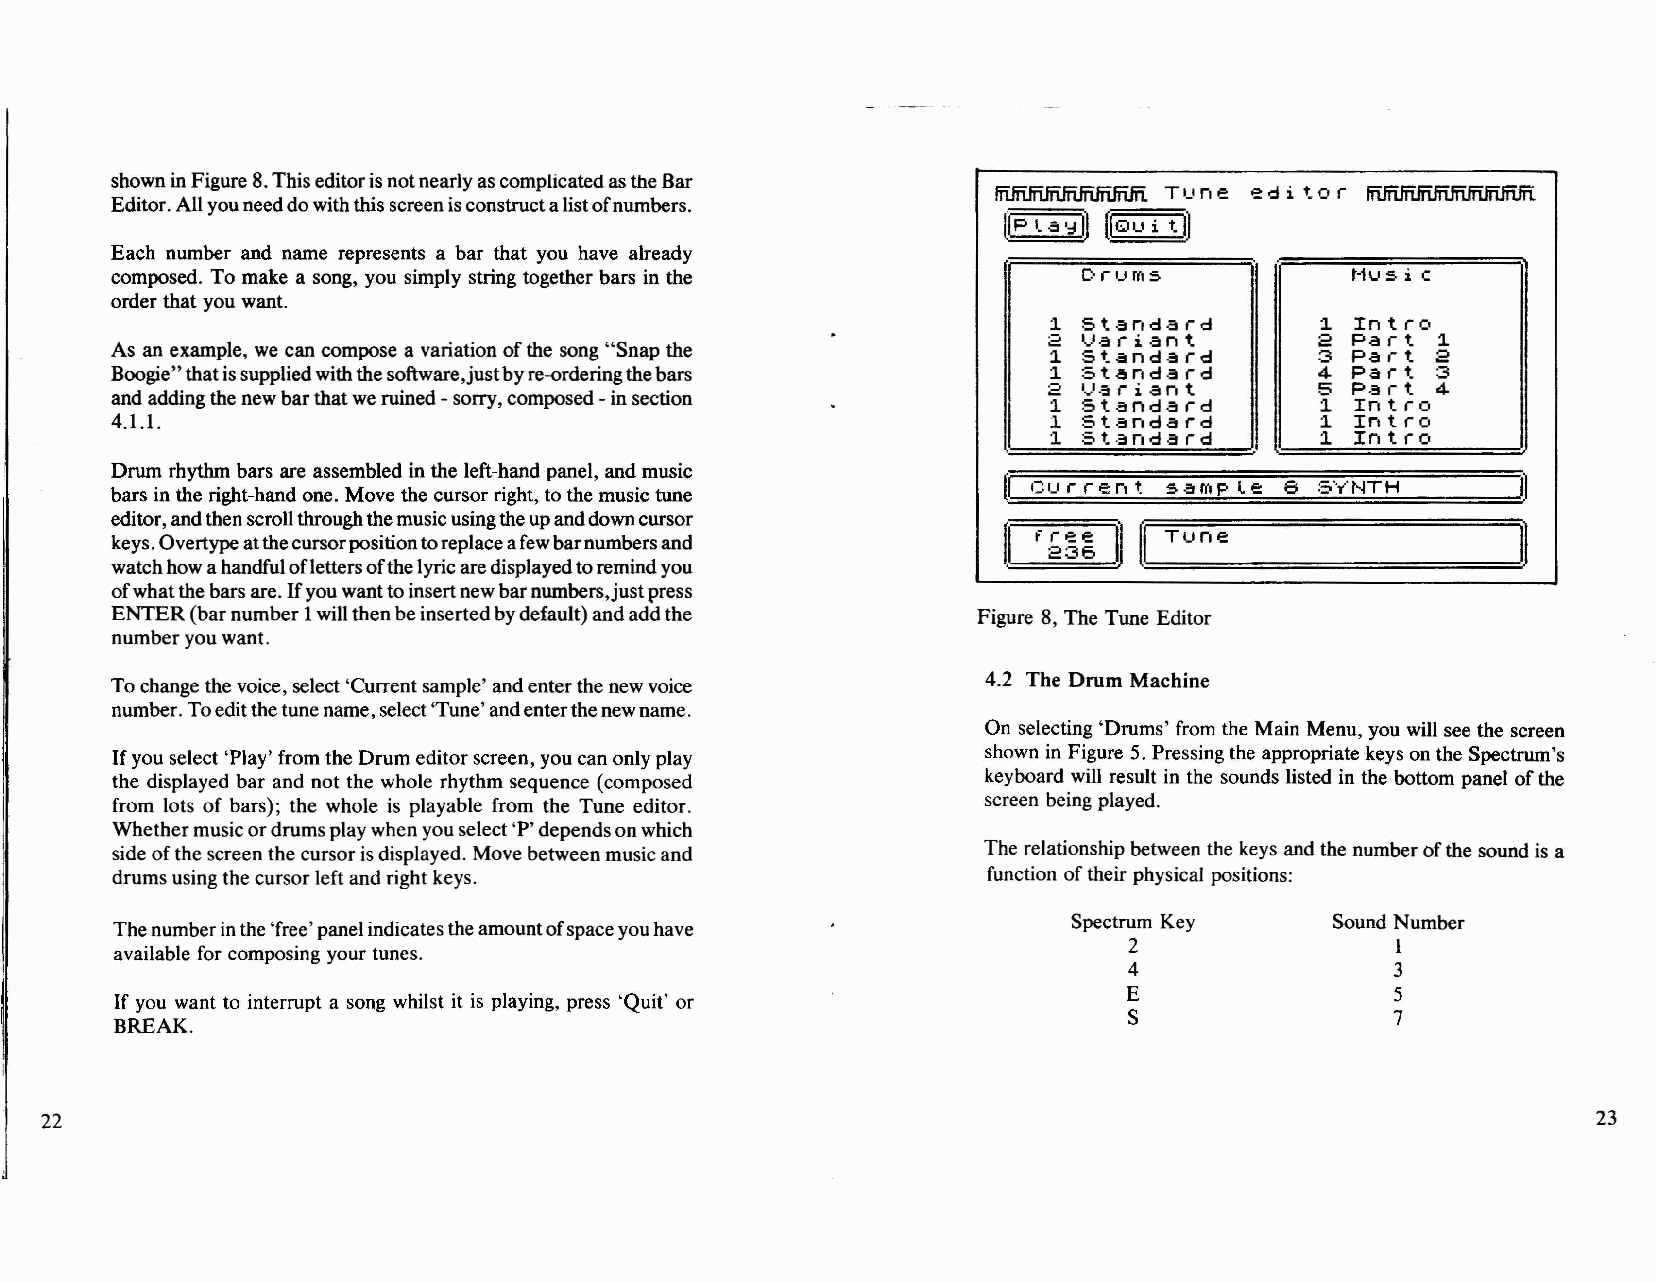
showninFigure8.ThiseditorisnotnearlyascomplicatedastheBar
 Editor.AHyouneeddowiththisscreenisconstructalistofnumbers.
 lñfñIñJñ.IñfñIñ T 1_1ne e d i t o r lñIñJñJñJñffiIñ
 tlp '~~ ~QU t.1]
 1.a     i
 Each number and name represents a bar that you have already
 composed. To make a song, you simply string together bars in the CorlJffiS        t-1u5 i e
 orderthat you want.
 1. Standard       1. In t ro
 a  II3riant       a Part  1.
 As an example, we can compose a variation ofthe song"Snap the 1. Standard       3 Part  ;2
 Boogie"thatissuppliedwiththesoftware,justbyre-orderingthebars 1. Stand·3 rd     4 Part. 3
 andaddingthe newbarthatweruined-sorry,composed-insection
 a  I.....·:sriant 5 p.:\ r t 4
 1. Standard       1. In t ro
 4.1.1.                                                        1. 5t.3ndard      1. In t ro
 1. St·3nda id     1. In t ro
 Drum rhythm bars are assembled inthe left-hand panel, andmusic
 (,~l             =e=8===:3=·=y·=t-=n==H=====~il
 bars in the right-hand one. Move the cursorright,tothemusictune =1:::::=1.1 .:::r==í::::e=n==:t===s:-!I=ffi::f:P::::::::1.
 editor,andthenscrollthroughthemusicusingtheupanddowncursor
 ~&~   (l~T1 u=ne===~I]
 keys.Overtypeatthecursorpositiontoreplaceafewbarnumbersand
 [1 f    1]
 watchhowahandfuloflettersoftheIyricaredisplayedtoremindyou
 ofwhatthebarsare.Ifyouwanttoinsertnewbarnumbers,justpress
 ENTER(barnumber1wiHthenbeinsertedbydefault)andaddthe      Figure 8, The Tune Editor
 numberyouwant.
 Tochangethevoice, select'Currentsample' andenterthenewvoice 4.2 The Drum Machine
 number.Toeditthetunename,select'Tune'andenterthenewname.
 On selecting'Drums' from the Main Menu, you will see the screen
 Ifyouselect 'Play' from theDrumeditorscreen, youcanonlyplay shown in Figure 5. Pressingthe appropriate keysonthe Spectrum's
 the displayed bar and not the whole rhythm sequence (composed keyboard will result in the sounds listed in the bottom panel ofthe
 from lots of bars); the whole is playable from the Tune editor. screen being played.
 Whethermusicordrumsplaywhenyouselect'P'dependsonwhich
 sideofthescreen thecursorisdisplayed. Movebetweenmusicand The relationship between the keys andthe numberofthe sound is a
 drumsusingthecursorleftandright keys.                     function oftheir physical positions:
 Spectrum Key     Sound Number
 Thenumberinthe'free'panelindicatestheamountofspaceyouhave
 2                1
 available for composing your tunes.
 4                3
 E                5
 If you want to interrupt a song whilst it is playing, press 'Quit' or
 S                7
 BREAK.
 22                                                                                                     23